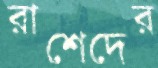
রাশেদের